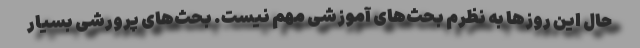
حال این روزها به نظرم بحث‌های آموزشی مهم نیست. بحث‌های پرورشی بسیار